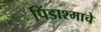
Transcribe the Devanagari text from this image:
पिंडाश्माचे